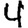
Digit: 4